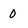
Character: 0